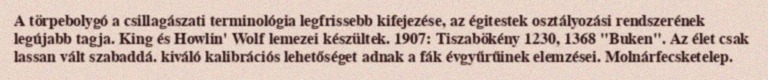
A törpebolygó a csillagászati terminológia legfrissebb kifejezése, az égitestek osztályozási rendszerének legújabb tagja. King és Howlin' Wolf lemezei készültek. 1907: Tiszabökény 1230, 1368 "Buken". Az élet csak lassan vált szabaddá. kiváló kalibrációs lehetőséget adnak a fák évgyűrűinek elemzései. Molnárfecsketelep.